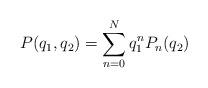
LaTeX: \begin{align*} P(q_1,q_2)=\sum_{n=0}^{N} q_1^nP_n(q_2) \end{align*}